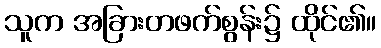
သူက အခြားတဖက်စွန်း၌ ထိုင်၏။